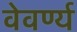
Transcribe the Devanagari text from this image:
वेवर्ण्य